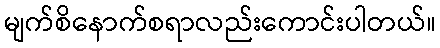
မျက်စိနောက်စရာလည်းကောင်းပါတယ်။